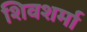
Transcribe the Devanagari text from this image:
शिवशर्मा